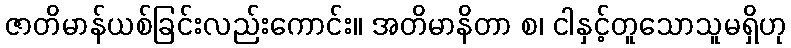
ဇာတိမာန်ယစ်ခြင်းလည်းကောင်း။ အတိမာနိတာ စ၊ ငါနှင့်တူသောသူမရှိဟု